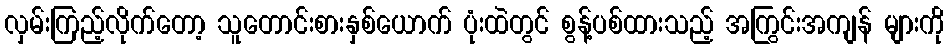
လှမ်းကြည့်လိုက်တော့ သူတောင်းစားနှစ်ယောက် ပုံးထဲတွင် စွန့်ပစ်ထားသည့် အကြွင်းအကျန် များကို